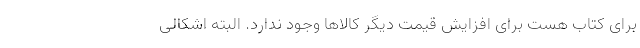
برای کتاب هست برای افزایش قیمت دیگر کالاها وجود ندارد. البته اشکالی